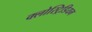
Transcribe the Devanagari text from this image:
क्लोस्ट्रिडियम